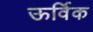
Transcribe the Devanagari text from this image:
ऊर्विक